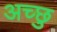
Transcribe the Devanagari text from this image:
अच्छु